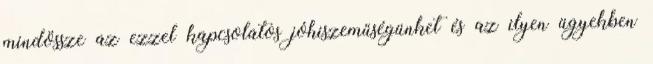
mindössze az ezzel kapcsolatos jóhiszeműségünket és az ilyen ügyekben